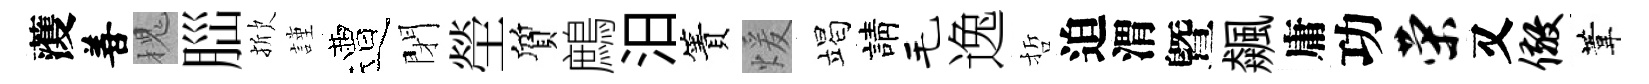
𮑮善槐𦛁掀謹遭閉塋質鷓汨簀煖竭請毛逸哲迫渭曁飆庸功荣又儆葦